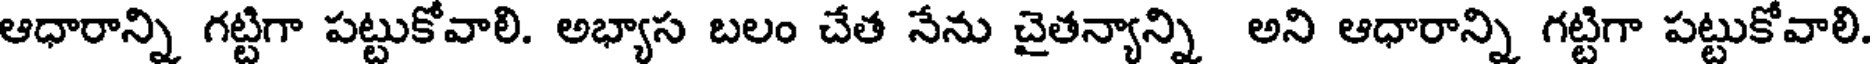
ఆధారాన్ని గట్టిగా పట్టుకోవాలి. అభ్యాస బలం చేత నేను చైతన్యాన్ని అని ఆధారాన్ని గట్టిగా పట్టుకోవాలి.